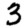
Digit: 3